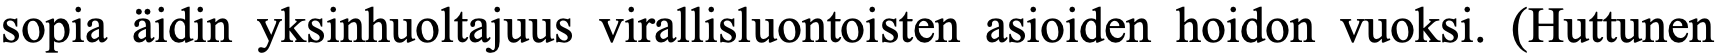
sopia äidin yksinhuoltajuus virallisluontoisten asioiden hoidon vuoksi. (Huttunen